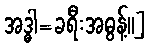
အဒ္ဓါ=ခရီးအဓွန့်၊၊]